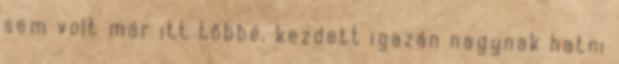
sem volt már itt többé, kezdett igazán nagynak hatni